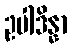
ဥပါဒိန္နာ